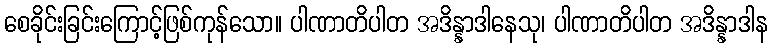
စေခိုင်းခြင်းကြောင့်ဖြစ်ကုန်သော။ ပါဏာတိပါတ အဒိန္နာဒါနေသု၊ ပါဏာတိပါတ အဒိန္နာဒါန